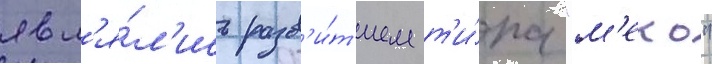
явл'я́л'ись разв'и́т'ием т'и́па "м'еко"